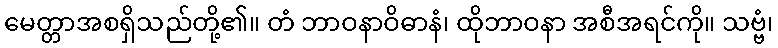
မေတ္တာအစရှိသည်တို့၏။ တံ ဘာဝနာဝိဓာနံ၊ ထိုဘာဝနာ အစီအရင်ကို။ သဗ္ဗံ၊